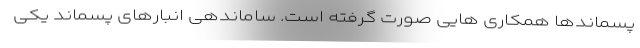
پسماندها همکاری هایی صورت گرفته است. ساماندهی انبارهای پسماند یکی